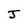
Character: J